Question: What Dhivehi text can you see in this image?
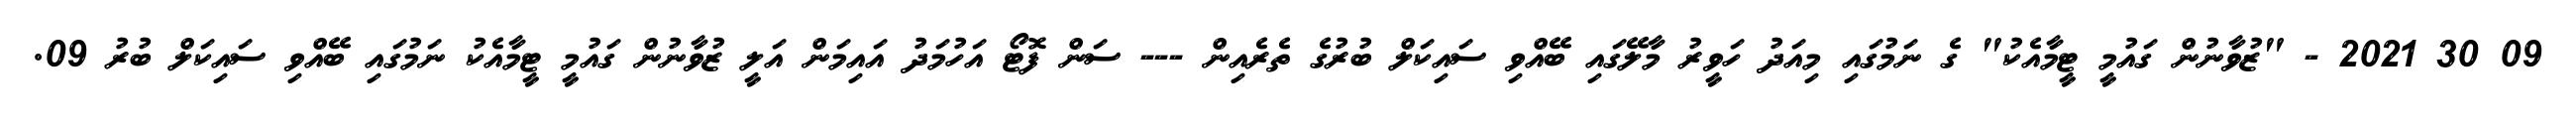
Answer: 09 30 2021 - "ޒުވާނުން ގައުމީ ޓީމާއެކު" ގެ ނަމުގައި މިއަދު ހަވީރު މާލޭގައި ބޭއްވި ސައިކަލް ބުރުގެ ތެރެއިން --- ސަން ފޮޓޯ އަހުމަދު އައިމަން އަލީ ޒުވާނުން ގައުމީ ޓީމާއެކު ނަމުގައި ބޭއްވި ސައިކަލް ބުރު 09.